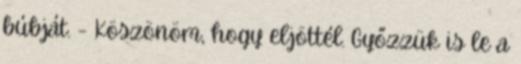
búbját. - Köszönöm, hogy eljöttél. Győzzük is le a